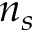
n _ { s }